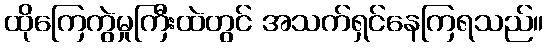
ထိုကြေကွဲမှုကြီးထဲတွင် အသက်ရှင်နေကြရသည်။